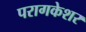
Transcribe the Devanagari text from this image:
परागकेशर